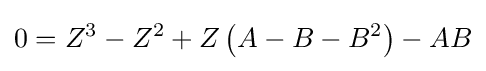
0=Z^{3}-Z^{2}+Z\left(A-B-B^{2}\right)-AB